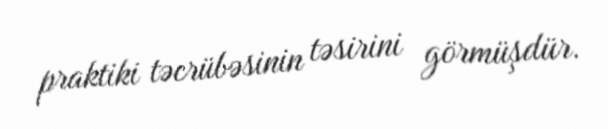
praktiki təcrübəsinin təsirini görmüşdür.